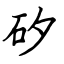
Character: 矽